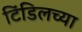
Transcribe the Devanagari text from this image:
टिंडिलच्या